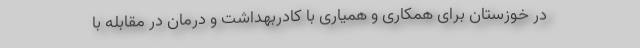
در خوزستان برای همکاری و همیاری با کادربهداشت و درمان در مقابله با